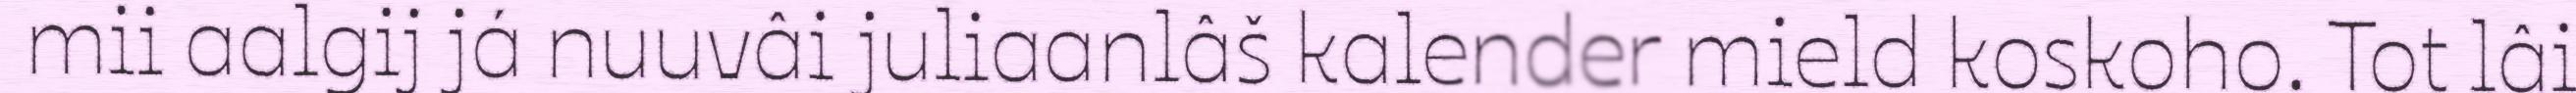
mii aalgij já nuuvâi juliaanlâš kalender mield koskoho. Tot lâi